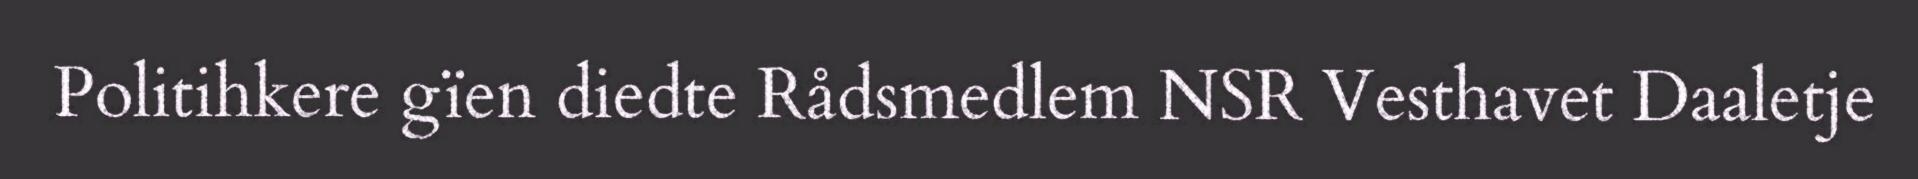
Politihkere gïen diedte Rådsmedlem NSR Vesthavet Daaletje